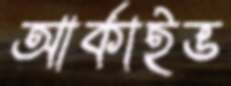
আর্কাইভ